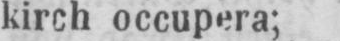
kirch occupera;